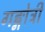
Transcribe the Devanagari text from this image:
गङ्गोत्री